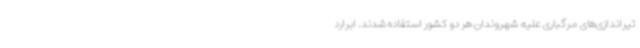
تیراندازی‌های مرگباری علیه شهروندان هر دو کشور استفاده شدند. ابرارد